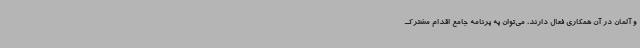
و آلمان در آن همکاری فعال دارند، می‌توان به برنامه جامع اقدام مشترک